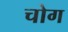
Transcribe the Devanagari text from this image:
चोग